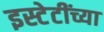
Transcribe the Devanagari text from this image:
इस्टेटींच्या